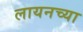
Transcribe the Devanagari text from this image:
लायनच्या